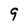
Character: 9